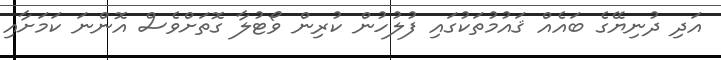
އަދި ދުނިޔޭގެ ބައެއް ޤައުމުތަކުގައި ފުލުހުން ކުރިން ވޯޓުލާ ގޮތަށްވެސް އޮންނަ ކަމަށާއި